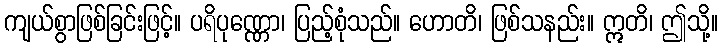
ကျယ်စွာဖြစ်ခြင်းဖြင့်။ ပရိပုဏ္ဏော၊ ပြည့်စုံသည်။ ဟောတိ၊ ဖြစ်သနည်း။ ဣတိ၊ ဤသို့။